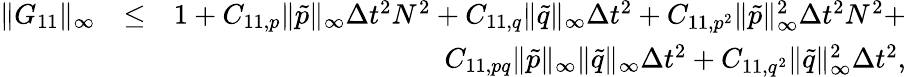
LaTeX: \begin{array}{rlr}{\| G_{11}\| _{\infty}}&{\leq}&{1+C_{11,p}\| \tilde{p}\| _{\infty}\Delta t^{2}N^{2}+C_{11,q}\| \tilde{q}\| _{\infty}\Delta t^{2}+C_{11,p^{2}}\| \tilde{p}\| _{\infty}^{2}\Delta t^{2}N^{2}+}\\ &{}&{C_{11,pq}\| \tilde{p}\| _{\infty}\| \tilde{q}\| _{\infty}\Delta t^{2}+C_{11,q^{2}}\| \tilde{q}\| _{\infty}^{2}\Delta t^{2},}\end{array}